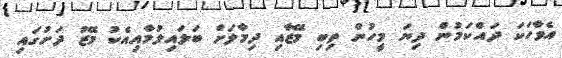
އެވާހަކަ ދައްކަމުން ދިޔަ މީހުން ތިބި މޭޒާއި ދިމާލަށް ބަލައިލުމާއިއެކު މޭޒު ދަށުގައި